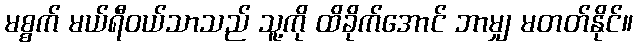
မစ္စက် မယ်ရီဝယ်သာသည် သူ့ကို ထိခိုက်အောင် ဘာမျှ မတတ်နိုင်။